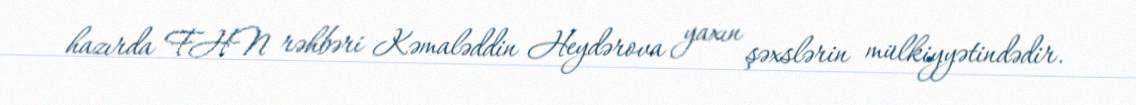
hazırda FHN rəhbəri Kəmaləddin Heydərova yaxın şəxslərin mülkiyyətindədir.